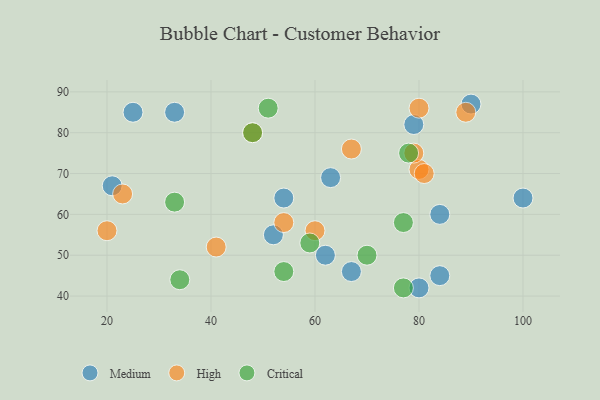
{"axis": {"x": "GDP", "y": "Life Expectancy"}, "legend": ["Critical", "High", "Medium"], "data": [{"x": "25", "y": 85, "type": "Medium"}, {"x": "62", "y": 50, "type": "Medium"}, {"x": "84", "y": 60, "type": "Medium"}, {"x": "33", "y": 85, "type": "Medium"}, {"x": "21", "y": 67, "type": "Medium"}, {"x": "90", "y": 87, "type": "Medium"}, {"x": "67", "y": 46, "type": "Medium"}, {"x": "80", "y": 42, "type": "Medium"}, {"x": "54", "y": 64, "type": "Medium"}, {"x": "63", "y": 69, "type": "Medium"}, {"x": "52", "y": 55, "type": "Medium"}, {"x": "79", "y": 82, "type": "Medium"}, {"x": "100", "y": 64, "type": "Medium"}, {"x": "84", "y": 45, "type": "Medium"}, {"x": "80", "y": 86, "type": "High"}, {"x": "60", "y": 56, "type": "High"}, {"x": "80", "y": 71, "type": "High"}, {"x": "20", "y": 56, "type": "High"}, {"x": "81", "y": 70, "type": "High"}, {"x": "41", "y": 52, "type": "High"}, {"x": "54", "y": 58, "type": "High"}, {"x": "67", "y": 76, "type": "High"}, {"x": "23", "y": 65, "type": "High"}, {"x": "79", "y": 75, "type": "High"}, {"x": "89", "y": 85, "type": "High"}, {"x": "48", "y": 80, "type": "High"}, {"x": "59", "y": 53, "type": "Critical"}, {"x": "33", "y": 63, "type": "Critical"}, {"x": "77", "y": 58, "type": "Critical"}, {"x": "51", "y": 86, "type": "Critical"}, {"x": "54", "y": 46, "type": "Critical"}, {"x": "34", "y": 44, "type": "Critical"}, {"x": "77", "y": 42, "type": "Critical"}, {"x": "70", "y": 50, "type": "Critical"}, {"x": "78", "y": 75, "type": "Critical"}, {"x": "48", "y": 80, "type": "Critical"}]}